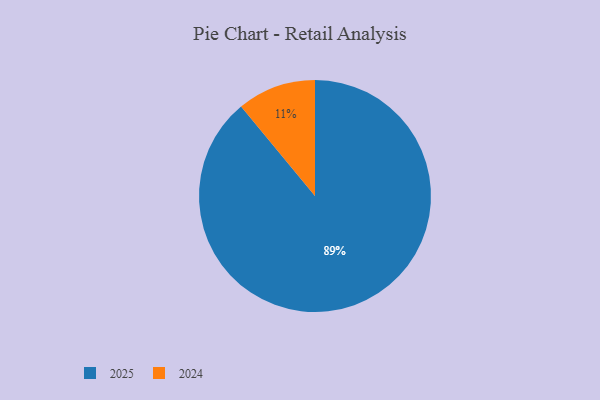
{"axis": {"x": "Category", "y": "Percentage"}, "legend": ["2024", "2025"], "data": [{"x": "2024", "y": 11, "type": "2024"}, {"x": "2025", "y": 89, "type": "2025"}]}